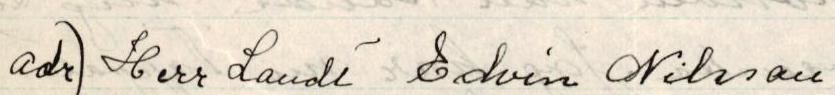
adr) Herr Landt Edvin Nilsson